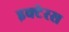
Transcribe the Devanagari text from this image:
इक्टेरस